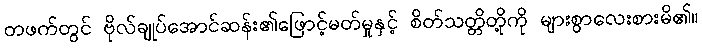
တဖက်တွင် ဗိုလ်ချုပ်အောင်ဆန်း၏ဖြောင့်မတ်မှုနှင့် စိတ်သတ္တိတို့ကို များစွာလေးစားမိ၏။